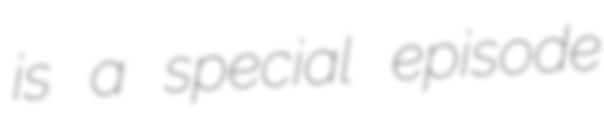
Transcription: is a special episode